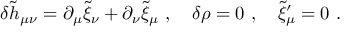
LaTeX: \delta { \widetilde h } _ { \mu \nu } = \partial _ { \mu } { \widetilde \xi } _ { \nu } + \partial _ { \nu } { \widetilde \xi } _ { \mu } ~ , ~ ~ ~ \delta \rho = 0 ~ , ~ ~ ~ { \widetilde \xi } _ { \mu } ^ { \prime } = 0 ~ .